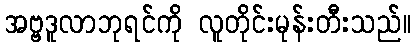
အဗ္ဗဒူလာဘုရင်ကို လူတိုင်းမုန်းတီးသည်။